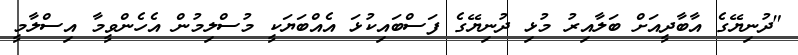
"ދުނިޔޭގެ އާބާދީއަށް ބަލާއިރު މުޅި ދުނިޔޭގެ ފަސްބައިކުޅަ އެއްބަޔަކީ މުސްލިމުން އެހެންވީމާ އިސްލާމީ